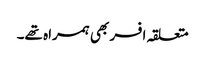
متعلقہ افسر بھی ہمراہ تھے۔